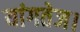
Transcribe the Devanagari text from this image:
यांगतेज।